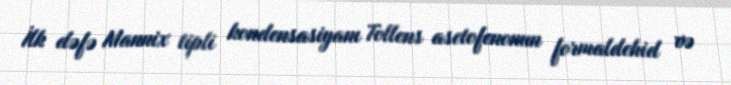
İlk dəfə Mannix tipli kondensasiyanı Tollens asetofenonun formaldehid və